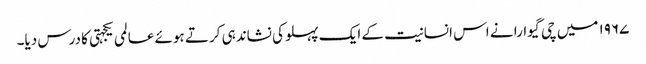
۱۹۶۷ میں چی گیوارا نے اس انسانیت کے ایک پہلو کی نشاندہی کرتے ہوئے عالمی یکجہتی کا درس دیا۔